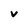
Character: V